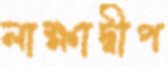
লাক্ষাদ্বীপ